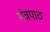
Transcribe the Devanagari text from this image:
मंत्रपाठ